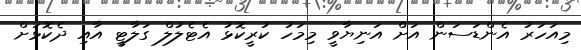
މިއަހަރު އެންޑަސަން އަށް އަނިޔާވީ މިމަހު ކުރީކޮޅު އެޓެލުލް ގަލާޓީ އާއި ދެކޮޅަށް